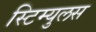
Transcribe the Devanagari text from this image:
स्टिम्युलस